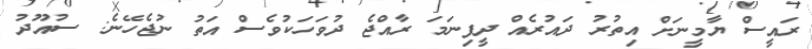
ރައީސް ޔާމީނަށް އިތުރު ދައުރެއް ދީފިނަމަ ރާއްޖެ ދުވަހަކުވެސް އަތު ނުޖެހޭނެ: ސުއޫދު